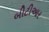
બીટીઆર